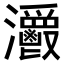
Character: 𤅥